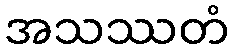
အသဿတံ